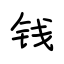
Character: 钱